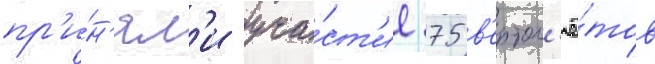
пр'и́н'ял'и уча́ст'ие 75 в'ертол'ё́тов